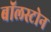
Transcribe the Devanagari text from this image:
बॉलस्टोन